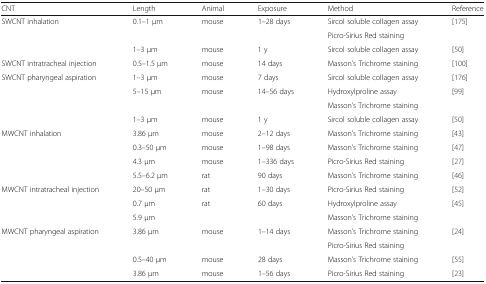
<table><thead><tr><td><b>CNT</b></td><td><b>Length</b></td><td><b>Animal</b></td><td><b>Exposure</b></td><td><b>Method</b></td><td><b>Reference</b></td></tr></thead><tbody><tr><td rowspan="3">SWCNT inhalation</td><td>0.1–1 μm</td><td>mouse</td><td>1–28 days</td><td>Sircol soluble collagen assay</td><td>[175]</td></tr><tr><td></td><td></td><td></td><td>Picro-Sirius Red staining</td><td></td></tr><tr><td>1–3 μm</td><td>mouse</td><td>1 y</td><td>Sircol soluble collagen assay</td><td>[50]</td></tr><tr><td>SWCNT intratracheal injection</td><td>0.5–1.5 μm</td><td>mouse</td><td>14 days</td><td>Masson’s Trichrome staining</td><td>[100]</td></tr><tr><td rowspan="4">SWCNT pharyngeal aspiration</td><td>1–3 μm</td><td>mouse</td><td>7 days</td><td>Sircol soluble collagen assay</td><td>[176]</td></tr><tr><td>5–15 μm</td><td>mouse</td><td>14–56 days</td><td>Hydroxylproline assay</td><td>[99]</td></tr><tr><td></td><td></td><td></td><td>Masson’s Trichrome staining</td><td></td></tr><tr><td>1–3 μm</td><td>mouse</td><td>1 y</td><td>Sircol soluble collagen assay</td><td>[50]</td></tr><tr><td rowspan="4">MWCNT inhalation</td><td>3.86 μm</td><td>mouse</td><td>2–12 days</td><td>Masson’s Trichrome staining</td><td>[43]</td></tr><tr><td>0.3–50 μm</td><td>mouse</td><td>1–98 days</td><td>Masson’s Trichrome staining</td><td>[47]</td></tr><tr><td>4.3 μm</td><td>mouse</td><td>1–336 days</td><td>Picro-Sirius Red staining</td><td>[27]</td></tr><tr><td>5.5–6.2 μm</td><td>rat</td><td>90 days</td><td>Masson’s Trichrome staining</td><td>[46]</td></tr><tr><td rowspan="3">MWCNT intratracheal injection</td><td>20–50 μm</td><td>rat</td><td>1–30 days</td><td>Picro-Sirius Red staining</td><td>[52]</td></tr><tr><td>0.7 μm</td><td>rat</td><td>60 days</td><td>Hydroxylproline assay</td><td>[45]</td></tr><tr><td>5.9 μm</td><td></td><td></td><td>Masson’s Trichrome staining</td><td></td></tr><tr><td rowspan="4">MWCNT pharyngeal aspiration</td><td>3.86 μm</td><td>mouse</td><td>1–14 days</td><td>Masson’s Trichrome staining</td><td>[24]</td></tr><tr><td></td><td></td><td></td><td>Picro-Sirius Red staining</td><td></td></tr><tr><td>0.5–40 μm</td><td>mouse</td><td>28 days</td><td>Masson’s Trichrome staining</td><td>[55]</td></tr><tr><td>3.86 μm</td><td>mouse</td><td>1–56 days</td><td>Picro-Sirius Red staining</td><td>[23]</td></tr></tbody></table>